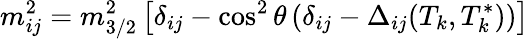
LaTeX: m_{ij}^{2}=m_{3/2}^{2}\left[\delta_{ij}-\cos^{2}\theta\left(\delta_{ij}-\Delta_{ij}(T_{k},T_{k}^{*})\right)\right]